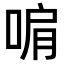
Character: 𭈞